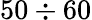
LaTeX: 50\div 60